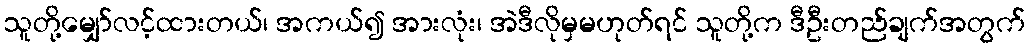
သူတို့မျှော်လင့်ထားတယ်၊ အကယ်၍ အားလုံး၊ အဲဒီလိုမှမဟုတ်ရင် သူတို့က ဒီဦးတည်ချက်အတွက်